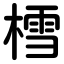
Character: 樰